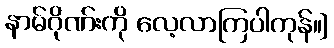
နာမ်ဂိုဏ်းကို လေ့လာကြပါကုန်။]